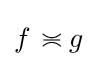
f\mathbin {\,\asymp \;\;\;\;\!\!\!\!\!\!\!\!\!\!\!\!\!-} g